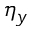
\eta _ { y }